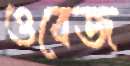
ওবেজ